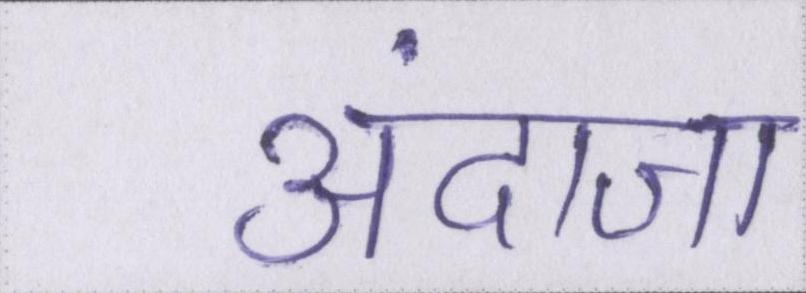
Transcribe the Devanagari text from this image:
अंदाजा